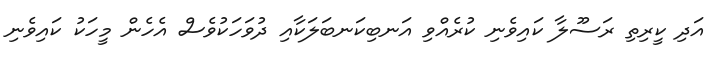
އަދި ކީރިތި ރަސޫލާ ކައިވެނި ކުރެއްވި އަނބިކަނބަލަކާއި ދުވަހަކުވެސް އެހެން މީހަކު ކައިވެނި